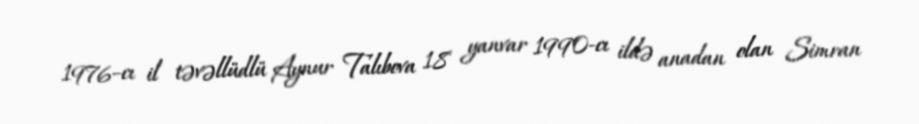
1976–cı il təvəllüdlü Aynur Talıbova 18 yanvar 1990-cı ildə anadan olan Simran